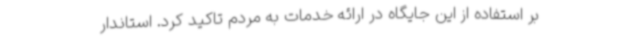
بر استفاده از این جایگاه در ارائه خدمات به مردم تاکید کرد. استاندار